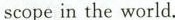
scopein the world.